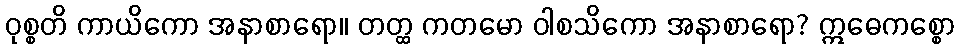
ဝုစ္စတိ ကာယိကော အနာစာရော။ တတ္ထ ကတမော ဝါစသိကော အနာစာရော? ဣဓေကစ္စော